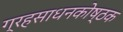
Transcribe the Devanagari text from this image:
ग्रहसाधनकोष्ठक